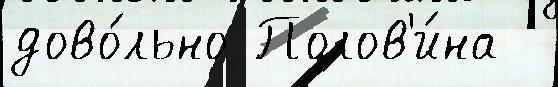
дово́льно Полов'и́на